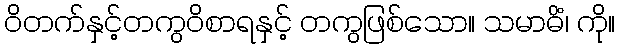
ဝိတက်နှင့်တကွဝိစာရနှင့် တကွဖြစ်သော။ သမာဓိံ၊ ကို။